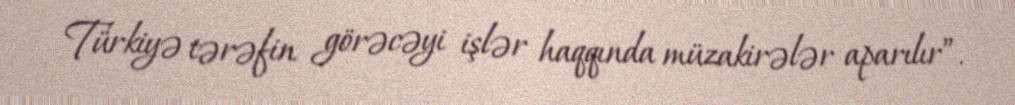
Türkiyə tərəfin görəcəyi işlər haqqında müzakirələr aparılır”.